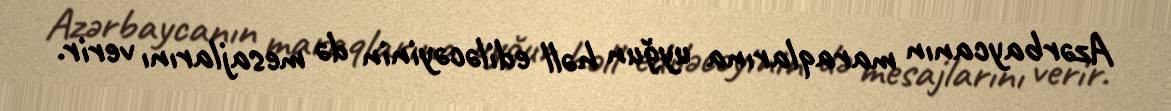
Azərbaycanın maraqlarına uyğun həll ediləcəyinin də mesajlarını verir.